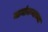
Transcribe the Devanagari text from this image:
मानांकनाच्या